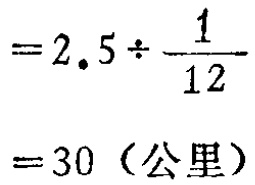
\[

\begin{align*}

&=2.5\div\frac{1}{12}\\

&= 30 (\text{公里})

\end{align*}

\]